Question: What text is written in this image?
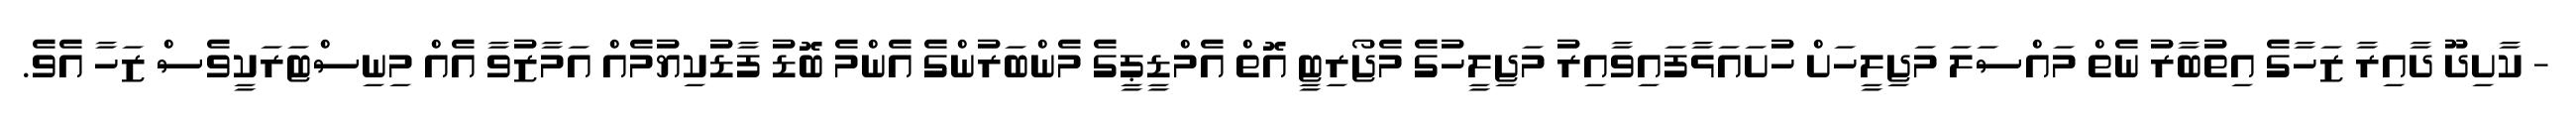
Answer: - ކާށިދޫ ދާއިރާ ޒަހާގެ އިތުބާރު ނެތް މައްސަލަ މަޖިލީހަށް ހުށައަޅާފައިވާއިރު މަޖިލީހުގެ މެޖޯރިޓީ އޮތް އެމްޑީޕީގެ މެންބަރުންގެ އެންމެ ބޮޑު ފާޑުކިޔުމެއް އަމާޒުވާ އެއް މިނިސްޓަރަކީވެސް ޒަހާ އެވެ.